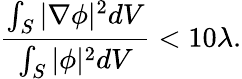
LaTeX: \frac{\int_{S}\vert\nabla\phi\vert^{2}dV}{\int_{S}\vert\phi\vert^{2}dV}<10\lambda.